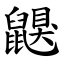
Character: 鼳